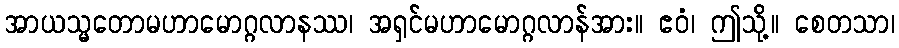
အာယသ္မတောမဟာမောဂ္ဂလာနဿ၊ အရှင်မဟာမောဂ္ဂလာန်အား။ ဧဝံ၊ ဤသို့။ စေတသာ၊